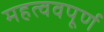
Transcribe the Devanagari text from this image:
महत्ववपूर्ण